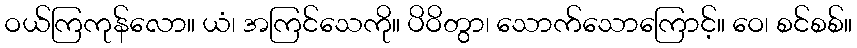
ဝယ်ကြကုန်လော။ ယံ၊ အကြင်သေကို။ ပိဝိတွာ၊ သောက်သောကြောင့်။ ဝေ၊ စင်စစ်။